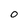
Character: 0